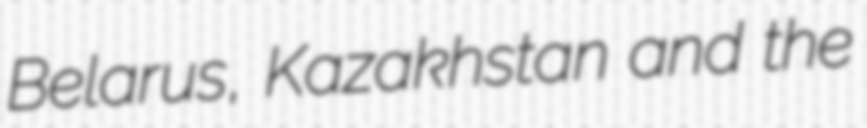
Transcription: Belarus, Kazakhstan and the